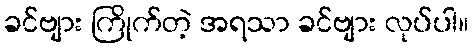
ခင်ဗျား ကြိုက်တဲ့ အရသာ ခင်ဗျား လုပ်ပါ။